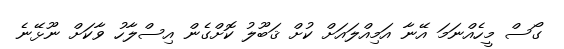
ގޯސް މީހެއްނަމަ އޭނާ އަމިއްލައަށް ކުށް ޤަބޫލު ކޮށްގެން އިސްލާހު ވާކަށް ނޫޅޭނެ